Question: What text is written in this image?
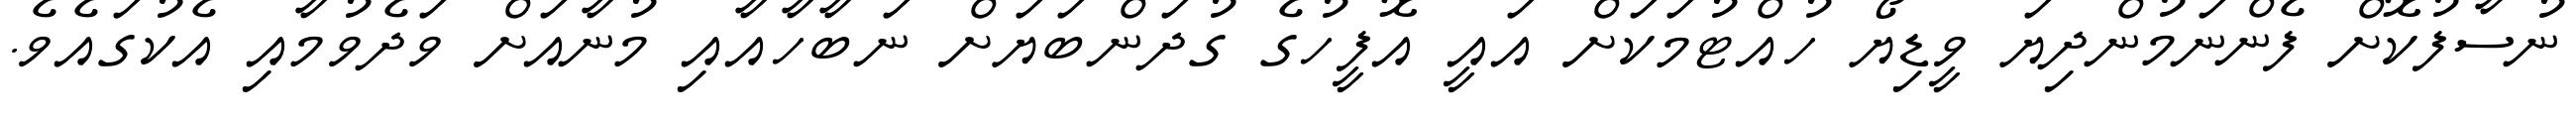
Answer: ނުސާފުކޮށް ފެންނަމުންދިޔަ ވީޑިޔޯ ހުއްޓުމަކަށް އައީ އޮފީހުގެ ގުދަންބަޔަށް ނަބާހާއާއި މުނާއަށް ވަދެވުމާއި އެކުގައެވެ.